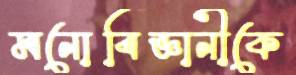
মনোবিজ্ঞানীকে